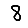
Digit: 8